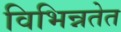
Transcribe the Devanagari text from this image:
विभिन्नतेत